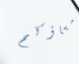
مساؤكم